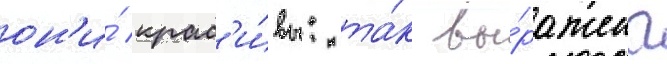
он'и́ крас'и́вы: та́к вы́ражена